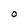
Character: O